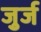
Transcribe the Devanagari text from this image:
जुर्ज